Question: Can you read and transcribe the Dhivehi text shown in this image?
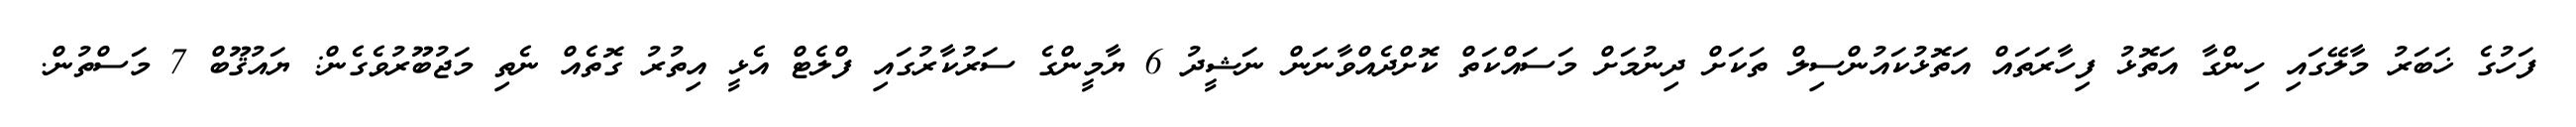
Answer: ފަހުގެ ޚަބަރު މާލޭގައި ހިންގާ އަތޮޅު ފިހާރަތައް އަތޮޅުކައުންސިލް ތަކަށް ދިނުމަށް މަސައްކަތް ކޮށްދެއްވާނަން ނަޝީދު 6 ޔާމީންގެ ސަރުކާރުގައި ފްލެޓް އެޅީ އިތުރު ގޮތެއް ނެތި މަޖުބޫރުވެގެން: ޔައުޤޫބް 7 މަސްތުން.